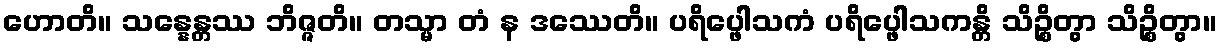
ဟောတိ။ သန္နေန္တဿ ဘိဇ္ဇတိ။ တသ္မာ တံ န ဒဿေတိ။ ပရိပ္ဖေါသကံ ပရိပ္ဖေါသကန္တိ သိဉ္စိတွာ သိဉ္စိတွာ။